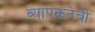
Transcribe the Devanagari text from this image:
व्यापकतेची